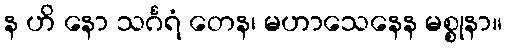
န ဟိ နော သင်္ဂရံ တေန၊ မဟာသေနေန မစ္စုနာ။